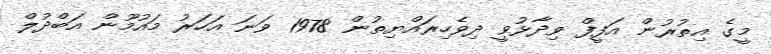
މީގެ އިތުރުން އަފީފް ވިދާޅުވީ ދިވެހިރައްޔިތުން 1978 ވަނަ އަހަރު މައުމޫން އަބްދުލް